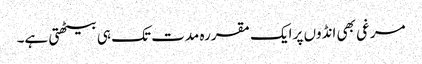
مرغی بھی انڈوں پر ایک مقررہ مدت تک ہی بیٹھتی ہے۔